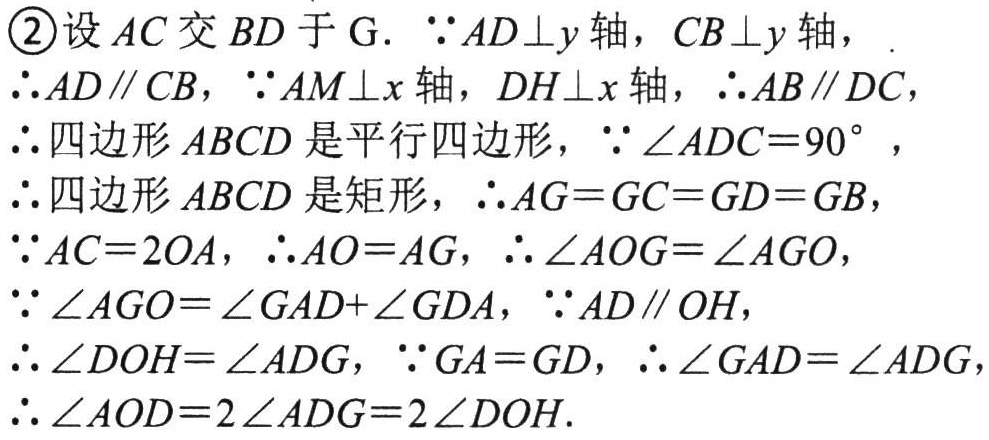
\textcircled{2}设 \(AC\) 交 \(BD\) 于 \(G\).  \(\because AD\perp y\) 轴，\(CB\perp y\) 轴，
\(\therefore AD\parallel CB\)，\(\because AM\perp x\) 轴，\(DH\perp x\) 轴，\(\therefore AB\parallel DC\)，
\(\therefore\) 四边形 \(ABCD\) 是平行四边形，\(\because\angle ADC = 90^{\circ}\)，
\(\therefore\) 四边形 \(ABCD\) 是矩形，\(\therefore AG = GC = GD = GB\)，
\(\because AC = 2OA\)，\(\therefore AO = AG\)，\(\therefore\angle AOG=\angle AGO\)，
\(\because\angle AGO=\angle GAD+\angle GDA\)，\(\because AD\parallel OH\)，
\(\therefore\angle DOH=\angle ADG\)，\(\because GA = GD\)，\(\therefore\angle GAD=\angle ADG\)，
\(\therefore\angle AOD = 2\angle ADG=2\angle DOH\).